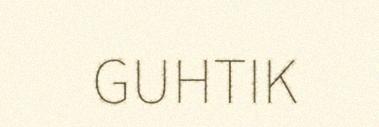
GUHTIK